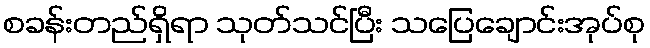
စခန်းတည်ရှိရာ သုတ်သင်ပြီး သပြေချောင်းအုပ်စု